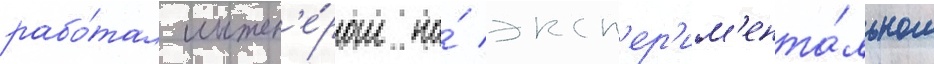
рабо́тал инжен'е́ром на́ эксп'ер'им'ента́льном